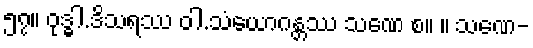
၅၇။ ဝုဒ္ဓါ.ဒိသရဿ ဝါ.သံယောဂန္တဿ သဏေ စ။ ။ သဏေ-